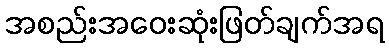
အစည်းအဝေးဆုံးဖြတ်ချက်အရ